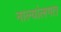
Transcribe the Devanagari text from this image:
नाल्यांलगत